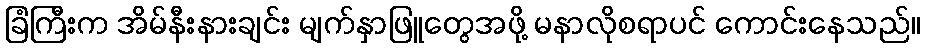
ခြံကြီးက အိမ်နီးနားချင်း မျက်နှာဖြူတွေအဖို့ မနာလိုစရာပင် ကောင်းနေသည်။